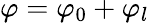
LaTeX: \varphi=\varphi_{0}+\varphi_{l}